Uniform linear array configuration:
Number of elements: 48
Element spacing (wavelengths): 0.75
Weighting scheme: cosine
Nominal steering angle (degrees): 0
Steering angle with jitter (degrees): -1.582
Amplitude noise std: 0.05
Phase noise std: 0.05

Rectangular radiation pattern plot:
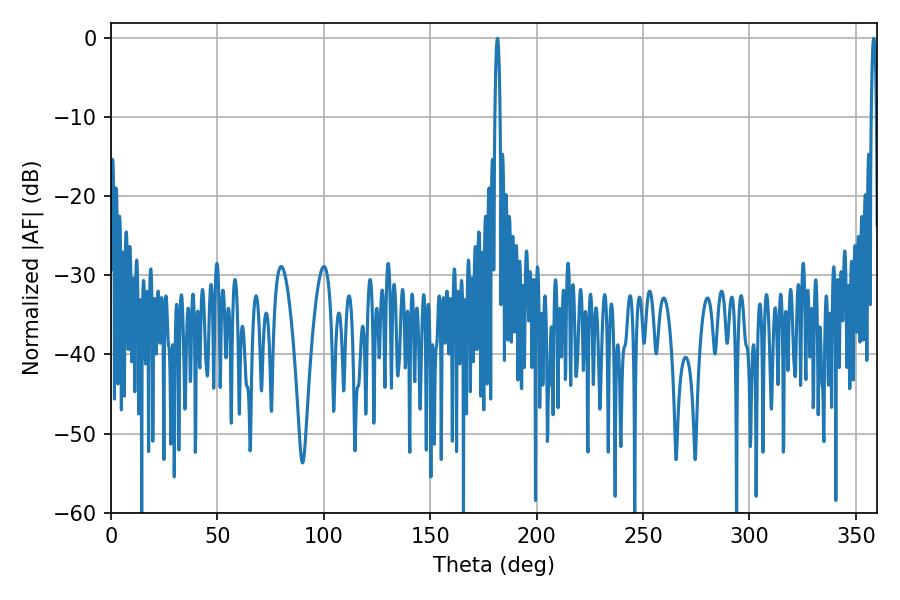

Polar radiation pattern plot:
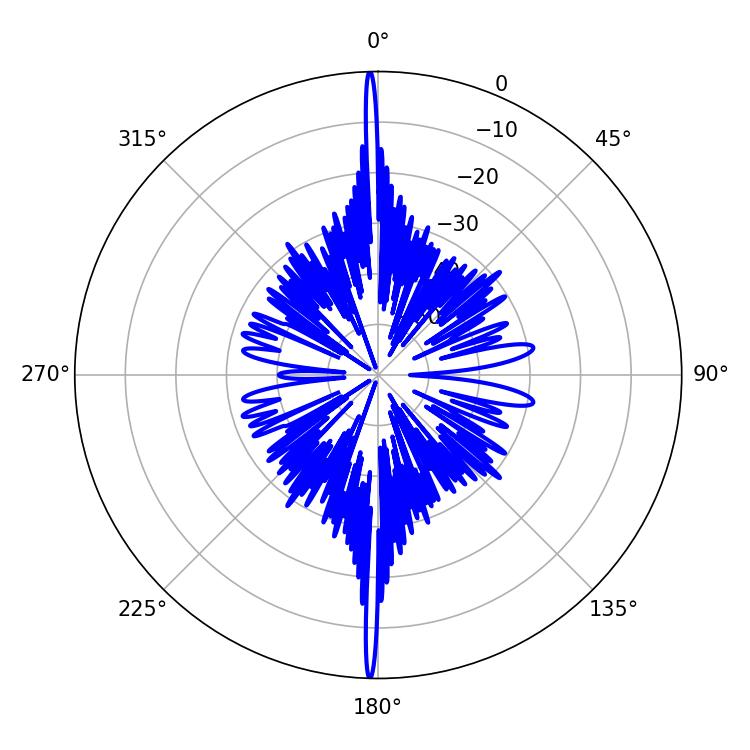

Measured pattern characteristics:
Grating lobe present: TRUE
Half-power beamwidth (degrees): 1.26
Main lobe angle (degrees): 181.62